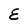
Character: E